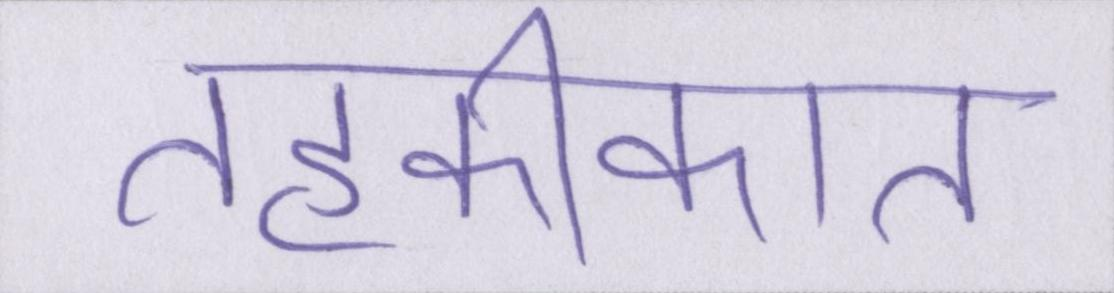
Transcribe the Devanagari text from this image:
तहकीकात